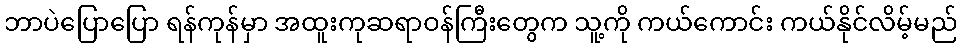
ဘာပဲပြောပြော ရန်ကုန်မှာ အထူးကုဆရာဝန်ကြီးတွေက သူ့ကို ကယ်ကောင်း ကယ်နိုင်လိမ့်မည်